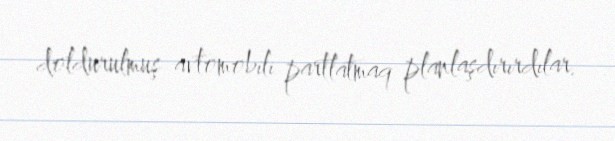
doldurulmuş avtomobili partlatmaq planlaşdırırdılar.